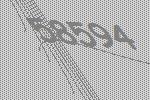
58594